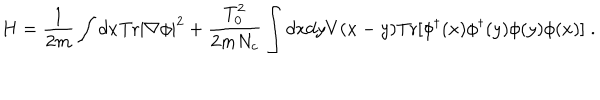
H = { \frac { 1 } { 2 m } } \int d x \mathrm { T r } | \nabla \phi | ^ { 2 } + { \frac { T _ { 0 } ^ { 2 } } { 2 m N _ { c } } } \int d x d y V ( x - y ) \mathrm { T r } [ \phi ^ { \dagger } ( x ) \phi ^ { \dagger } ( y ) \phi ( y ) \phi ( x ) ] \; .